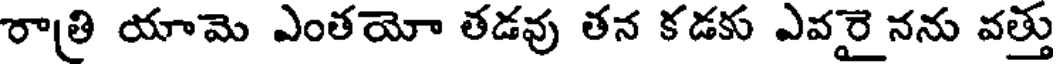
రాత్రి యామె ఎంతయో తడవు తన కడకు ఎవరై నను వత్తు